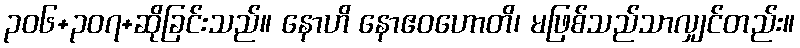
၃၀၆+၃၀၇+ဆိုခြင်းသည်။ နောဟိ နောဧဝဟောတိ၊ မဖြစ်သည်သာလျှင်တည်း။